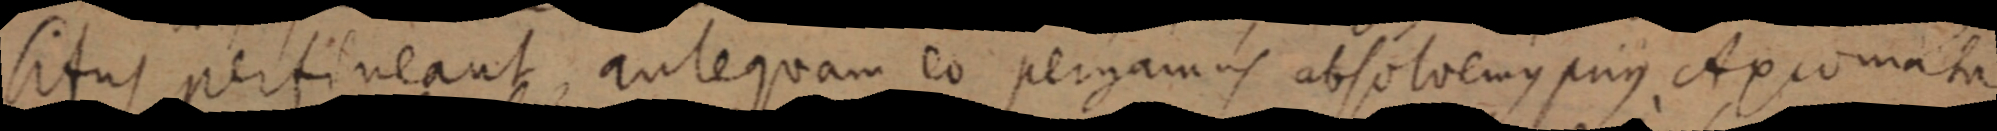
situs pertineant, antequam eo pergamus absolvemus prius Axiomata